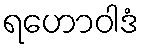
ရဟောဝါဒံ